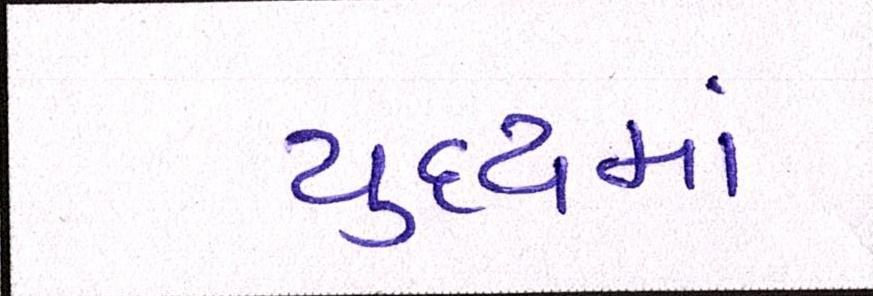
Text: યુદ્ધમાં